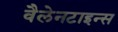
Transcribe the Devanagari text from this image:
वैलेनटाइन्स